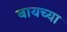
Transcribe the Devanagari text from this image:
बायच्या